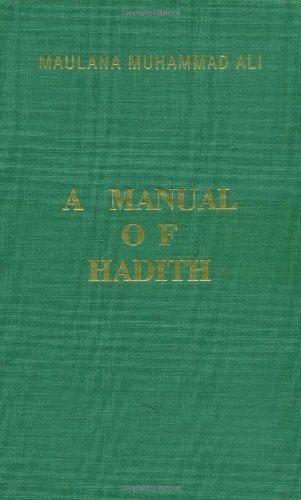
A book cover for A Manual of Hadith; Maulana Muhammad Ali; Religion & Spirituality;